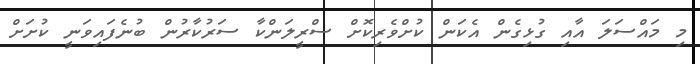
މި މައްސަލަ އާއި ގުޅިގެން އެކަން ކުށްވެރިކޮށް ސްރީލަންކާ ސަރުކާރުން ބުނެފައިވަނީ ކުށަށް